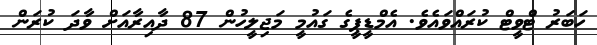
ހަބަރު ޓްވީޓް ކުރައްވައެވެ. އެމްޑީޕީގެ ގައުމީ މަޖިލީހުން 87 ދާއިރާއަށް ވާދަ ކުރަން